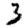
Digit: 3